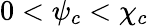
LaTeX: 0<\psi_{c}<\chi_{c}